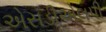
એસડીએલપી